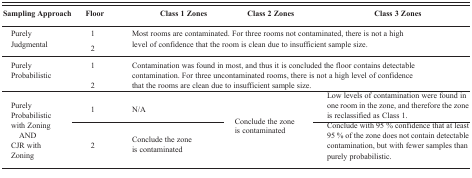
| Sampling Approach | Floor | <COLSPAN=2> Class 1 Zones | Class 2 Zones | <COLSPAN=2> Class 3 Zones |
 | --- | --- | --- | --- | --- | --- | --- |
 | Purely | 1 | <ROWSPAN=2-COLSPAN=5> Most rooms are contaminated. For three rooms not contaminated, there is not a high level of confidence that the room is clean due to insufficient sample size. |
 | Judgmental | 2 |
 | <ROWSPAN=2> Purely Probabilistic | 1 | <ROWSPAN=2-COLSPAN=5> Contamination was found in most, and thus it is concluded the floor contains detectable contamination. For three uncontaminated rooms, there is not a high level of confidence that the rooms are clean due to insufficient sample size. |
 | 2 |
 | <ROWSPAN=3> Purely Probabilistic with Zoning AND CJR with Zoning | 1 | N/A | <ROWSPAN=3-COLSPAN=3> Conclude the zone is contaminated | Low levels of contamination were found in one room in the zone, and therefore the zone is reclassified as Class 1. |
 | 2 | Conclude the zone is contaminated | Conclude with 95 % confidence that at least 95 % of the zone does not contain detectable contamination, but with fewer samples than purely probabilistic. |